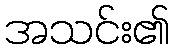
အသင်း၏